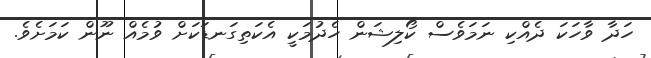
ހަދާ ވާހަކަ ދެއްކި ނަމަވެސް ކޯލިޝަން ހެދުމަކީ އެކަތިގަނޑަކަށް ވުމެއް ނޫން ކަމަށެވެ.